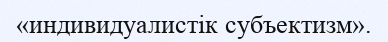
«индивидуалистік субъектизм».